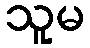
သူမ